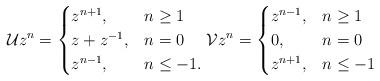
LaTeX: \begin{align*}\mathcal{U}z^n=\begin{cases}z^{n+1}, &n\ge1 \\z+z^{-1}, & n=0 \\ z^{n-1}, & n\le -1. \end{cases}\mathcal{V}z^n=\begin{cases}z^{n-1}, & n\ge1 \\0, & n=0 \\ z^{n+1}, & n\le -1 \end{cases}\end{align*}